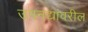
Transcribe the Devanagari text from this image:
उपनद्यांवरील